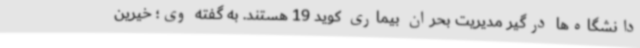
دانشگاه‌ها درگیر مدیریت بحران بیماری کوید 19 هستند. به گفته وی؛ خیرین